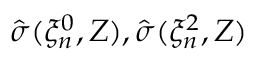
\hat { \sigma } ( \xi _ { n } ^ { 0 } , Z ) , \hat { \sigma } ( \xi _ { n } ^ { 2 } , Z )